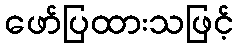
ဖော်ပြထားသဖြင့်